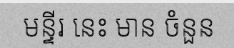
មន្ទីរ នេះ មាន ចំនួន